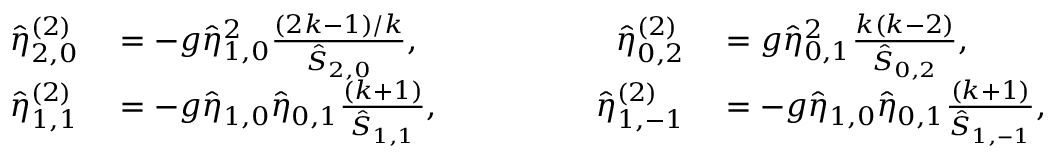
\begin{array} { r l r l } { \hat { \eta } _ { 2 , 0 } ^ { ( 2 ) } } & { { } = - g \hat { \eta } _ { 1 , 0 } ^ { 2 } \frac { ( 2 k - 1 ) / k } { \hat { S } _ { 2 , 0 } } , \qquad \qquad } & { \hat { \eta } _ { 0 , 2 } ^ { ( 2 ) } } & { { } = g \hat { \eta } _ { 0 , 1 } ^ { 2 } \frac { k ( k - 2 ) } { \hat { S } _ { 0 , 2 } } , } \\ { \hat { \eta } _ { 1 , 1 } ^ { ( 2 ) } } & { { } = - g \hat { \eta } _ { 1 , 0 } \hat { \eta } _ { 0 , 1 } \frac { ( k + 1 ) } { \hat { S } _ { 1 , 1 } } , \qquad \qquad } & { \hat { \eta } _ { 1 , - 1 } ^ { ( 2 ) } } & { { } = - g \hat { \eta } _ { 1 , 0 } \hat { \eta } _ { 0 , 1 } \frac { ( k + 1 ) } { \hat { S } _ { 1 , - 1 } } , } \end{array}